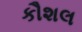
કૌશલ